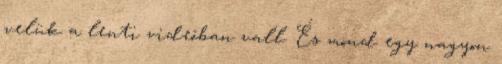
velük a lenti videóban vall. És mond egy nagyon